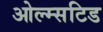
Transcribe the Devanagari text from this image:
ओल्म्सटिड